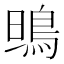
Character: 鴠